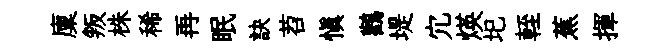
廩叛株稀再眠訣苕愼鸛堤宂煐圯輊蕉揮